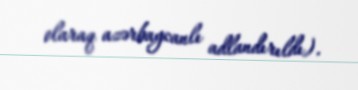
olaraq azərbaycanlı adlandırıldı).